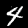
Digit: 4